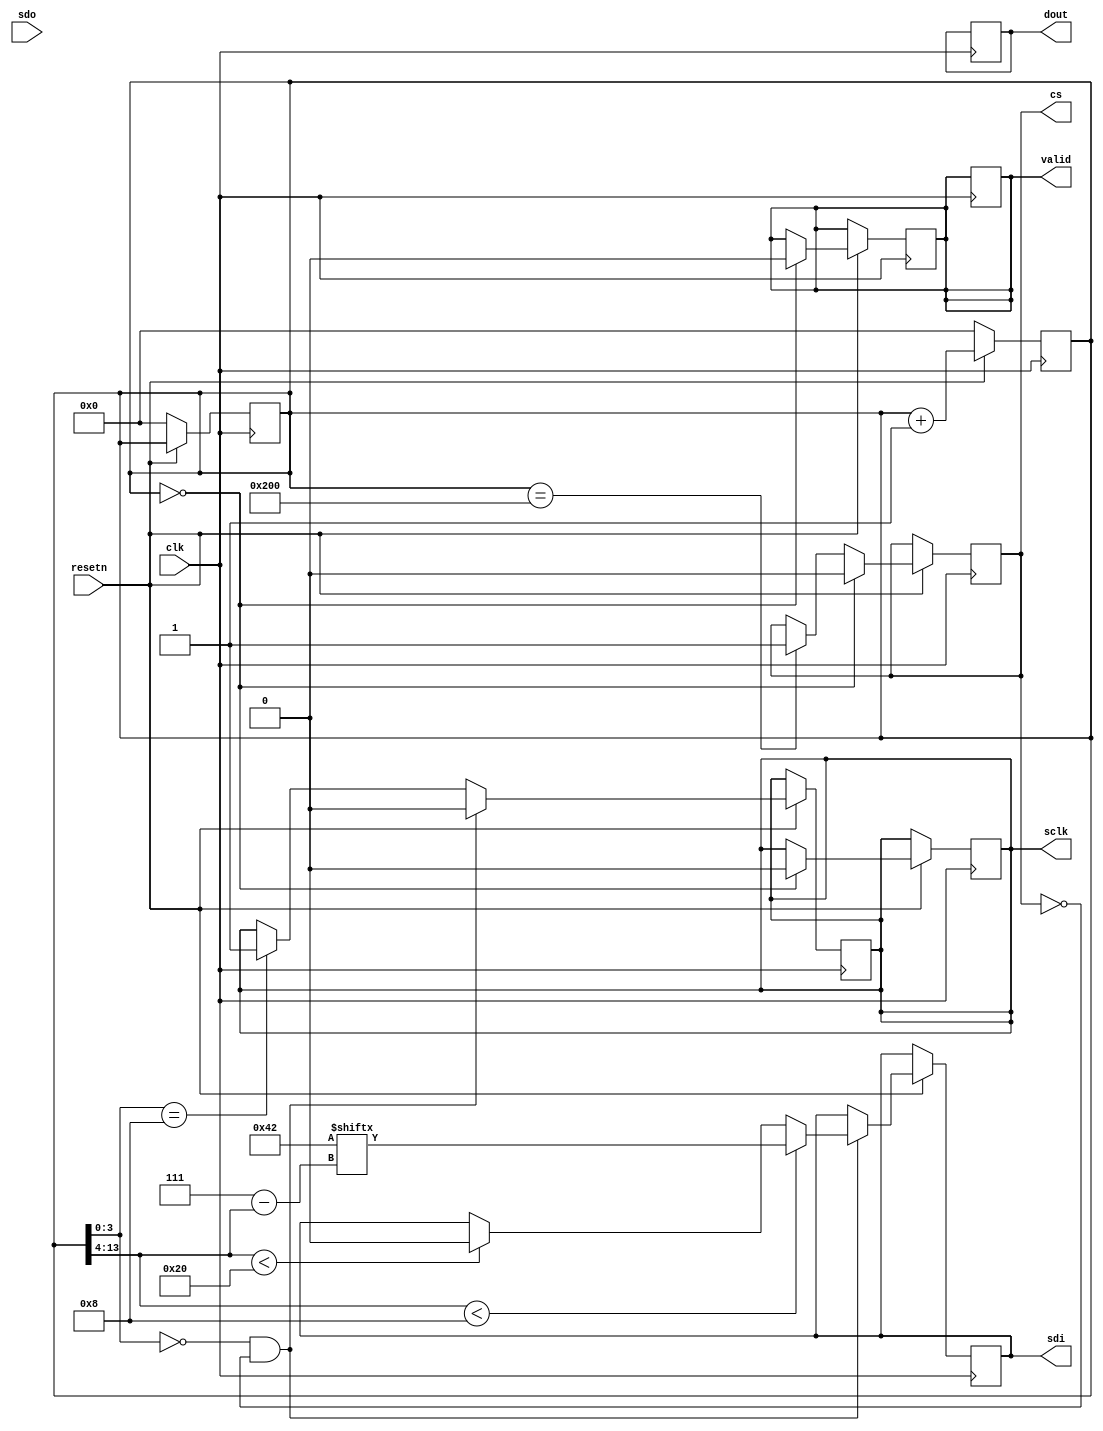
module ad7124 #()
(
  input wire                  clk,
  input wire                  resetn,
  input wire                  sdo,
  output reg                  sclk,
  output reg                  cs,
  output reg                  sdi,
  output reg [24-1:0]         dout,
  output reg                  valid
);

reg [14-1:0] cnt;
reg [24-1:0] dout_reg;

initial cnt = 0;
initial cs = 1;
initial sclk = 1;
initial dout = 0;
initial dout_reg = 0;

localparam [8-1:0] READ_CODE = 8'b01000010;

always @(posedge clk) begin
    if (~resetn) begin
        cnt <= 0;
    end else begin
        cnt <= cnt + 1;
    end
end

always @(posedge clk) begin
    if (~resetn) begin
        cnt <= 0;
    end else begin
        if (cnt == 0) begin
            cs <= 0;
            sclk <= 0;
            valid <= 0;
        end else if (cnt == 512) begin
            cs <= 1;
        end
    end
end

always @(posedge clk) begin
    if (~resetn) begin
        cnt <= 0;
    end else begin
        if ((cnt[3:0] == 4'b0000) && (cs == 0)) begin
            sclk <= 0;
            if (cnt[14-1:4] < 8) begin
                sdi <= READ_CODE[7 - cnt[14-1:4]];
            end else if (cnt[14-1:4] < 32) begin
                sdi <= 0;
                dout_reg[32 - cnt[14-1:4]] <= sdo;
            end else if (cnt[14-1:4] < 32) begin
                dout <= dout_reg;
                valid <= 1;
            end
        end else if (cnt[3:0] == 4'b1000) begin
            sclk <= 1;
        end
    end
end


  
endmodule